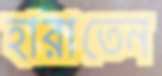
হারাতেন